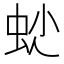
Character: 𧉍